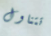
تتناول